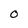
Character: 0